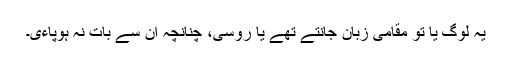
یہ لوگ یا تو مقامی زبان جانتے تھے یا روسی، چنانچہ ان سے بات نہ ہوپاءی۔